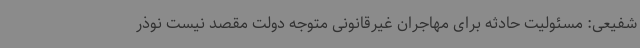
شفیعی: مسئولیت حادثه برای مهاجران غیرقانونی متوجه دولت مقصد نیست نوذر